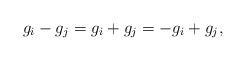
LaTeX: \begin{align*}g_i-g_j=g_i+g_j=-g_i+g_j,\end{align*}